Lunatic asylums Madras 1877-1891 - 1877-1891
Year: 1877
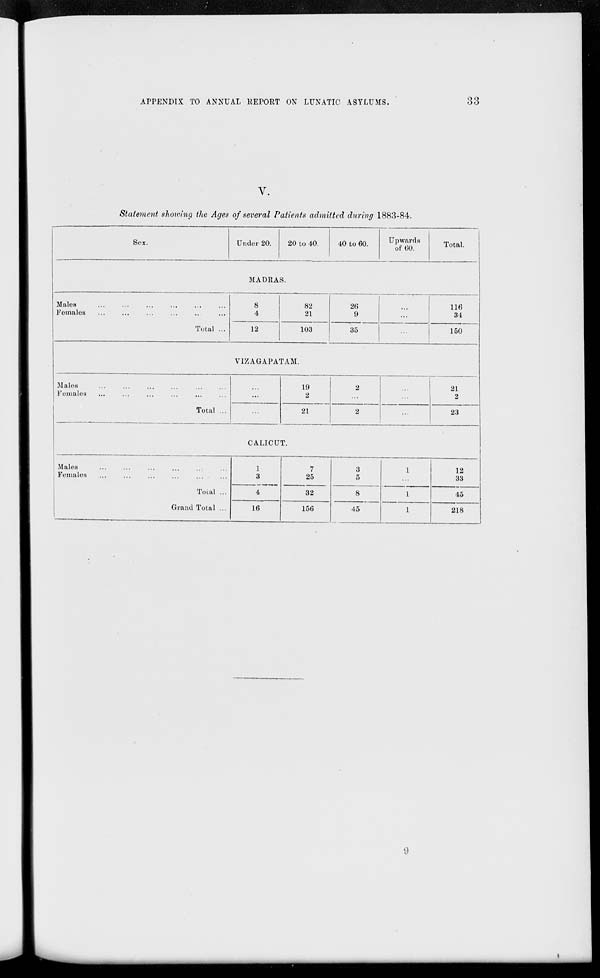
APPENDIX TO ANNUAL REPORT ON LUNATIC ASYLUMS.
33
V.
Statement showing the Ages of several Patients admitted during 1883-84.
Sex.
Under 20.
20 to 40.
40 to 60.
Upwards
of 60.
Total.
MADRAS.
Males ... ... ... ... ... ...
Females ... ... ... ... ... ...
Total ...
8
4
12
82
21
103
26
9
35
...
...
...
116
34
150
VIZAGAPATAM.
Males ... ... ... ... ... ...
Females ... ... ... ... ... ...
Total ...
...
...
...
19
2
21
2
...
2
...
...
...
21
2
23
CALICUT.
Males ... ... ... ... ... ...
Females ... ... ... ... ... ...
Total ...
Grand Total ...
1
3
4
16
7
25
32
156
3
5
8
45
1
...
1
1
12
33
45
218
9